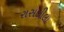
રાસલીલા